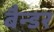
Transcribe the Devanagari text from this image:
बैन्डर